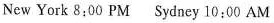
New York 8:00 PM Sydney 10:00 AM